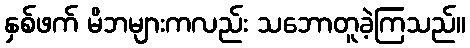
နှစ်ဖက် မိဘများကလည်း သဘောတူခဲ့ကြသည်။